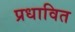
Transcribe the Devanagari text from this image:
प्रधावित